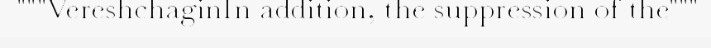
"""VereshchaginIn addition, the suppression of the"""